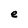
Character: e